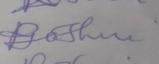
Signature authenticity: forged